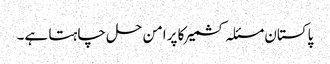
پاکستان مسئلہ کشمیر کا پرامن حل چاہتا ہے۔